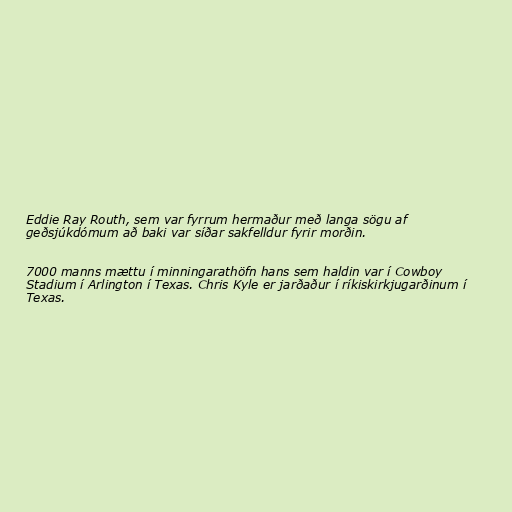
Eddie Ray Routh, sem var fyrrum hermaður með langa sögu af
geðsjúkdómum að baki var síðar sakfelldur fyrir morðin.

7000 manns mættu í minningarathöfn hans sem haldin var í Cowboy
Stadium í Arlington í Texas. Chris Kyle er jarðaður í ríkiskirkjugarðinum í
Texas.